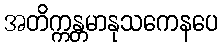
အတိက္ကန္တမာနုသကေနပေ